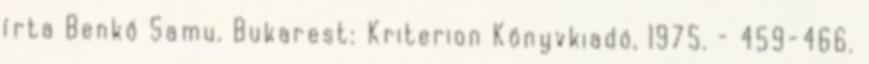
írta Benkő Samu. Bukarest: Kriterion Könyvkiadó, 1975. – 459-466.